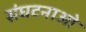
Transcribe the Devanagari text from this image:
संघटनाओ